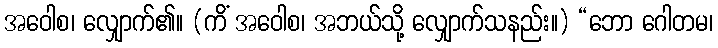
အဝေါစ၊ လျှောက်၏။ (ကိံ အဝေါစ၊ အဘယ်သို့ လျှောက်သနည်း။) “ဘော ဂေါတမ၊